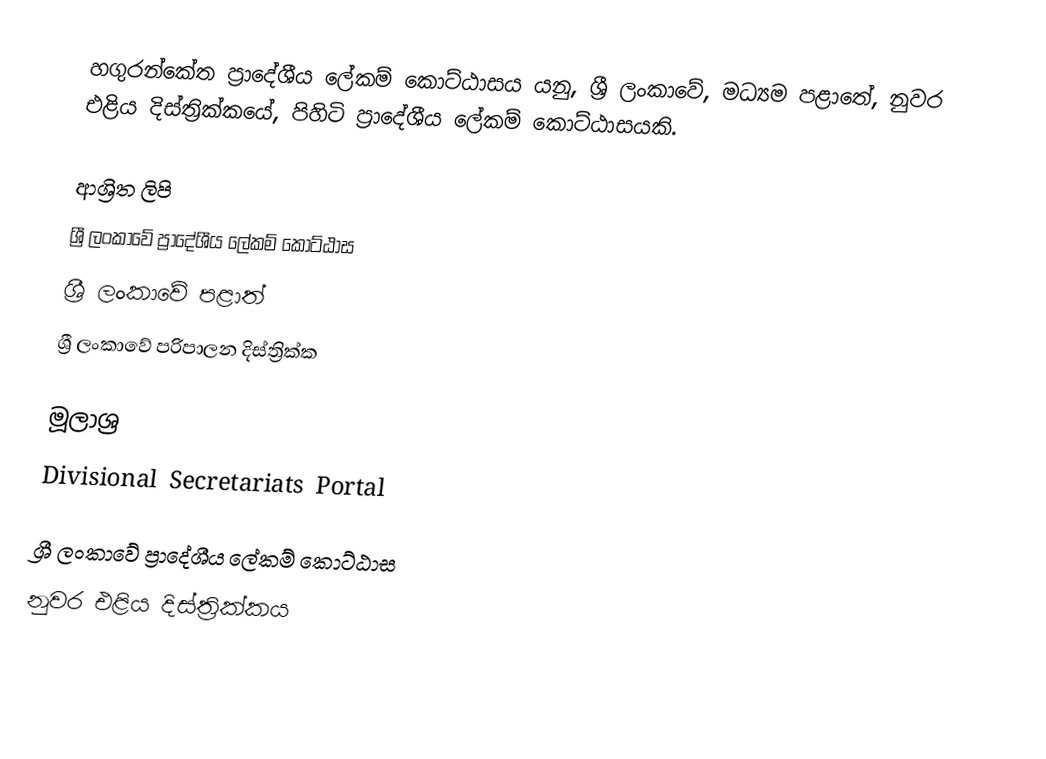
හගුරන්කේත ප්‍රාදේශීය ලේකම් කොට්ඨාසය  යනු,  ශ්‍රී ලංකාවේ, මධ්‍යම පළාතේ,   නුවර එළිය දිස්ත්‍රික්කයේ, පිහිටි ප්‍රාදේශීය ලේකම් කොට්ඨාසයකි.

ආශ්‍රිත ලිපි
ශ්‍රී ලංකාවේ ප්‍රාදේශීය ලේකම් කොට්ඨාස
ශ්‍රී ලංකාවේ පළාත්
ශ්‍රී ලංකාවේ පරිපාලන දිස්ත්‍රික්ක

මූලාශ්‍ර
 Divisional Secretariats Portal

ශ්‍රී ලංකාවේ ප්‍රාදේශීය ලේකම් කොට්ඨාස
නුවර එළිය දිස්ත්‍රික්කය